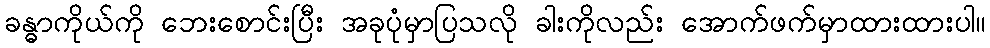
ခန္ဓာကိုယ်ကို ဘေးစောင်းပြီး အခုပုံမှာပြသလို ခါးကိုလည်း အောက်ဖက်မှာထားထားပါ။